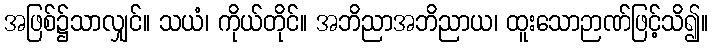
အဖြစ်၌သာလျှင်။ သယံ၊ ကိုယ်တိုင်။ အဘိညာအဘိညာယ၊ ထူးသောဉာဏ်ဖြင့်သိ၍။